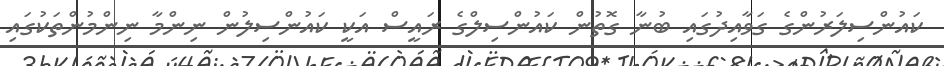
ކައުންސިލަރުންގެ ގަވާއިދުގައި ބުނާ ގޮތުން ކައުންސިލްގެ ރައީސް އަކީ ކައުންސިލުން ނިންމާ ނިންމުންތަކުގައި